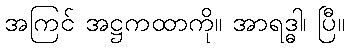
အကြင် အဋ္ဌကထာကို။ အာရဒ္ဓါ၊ ပြီ။